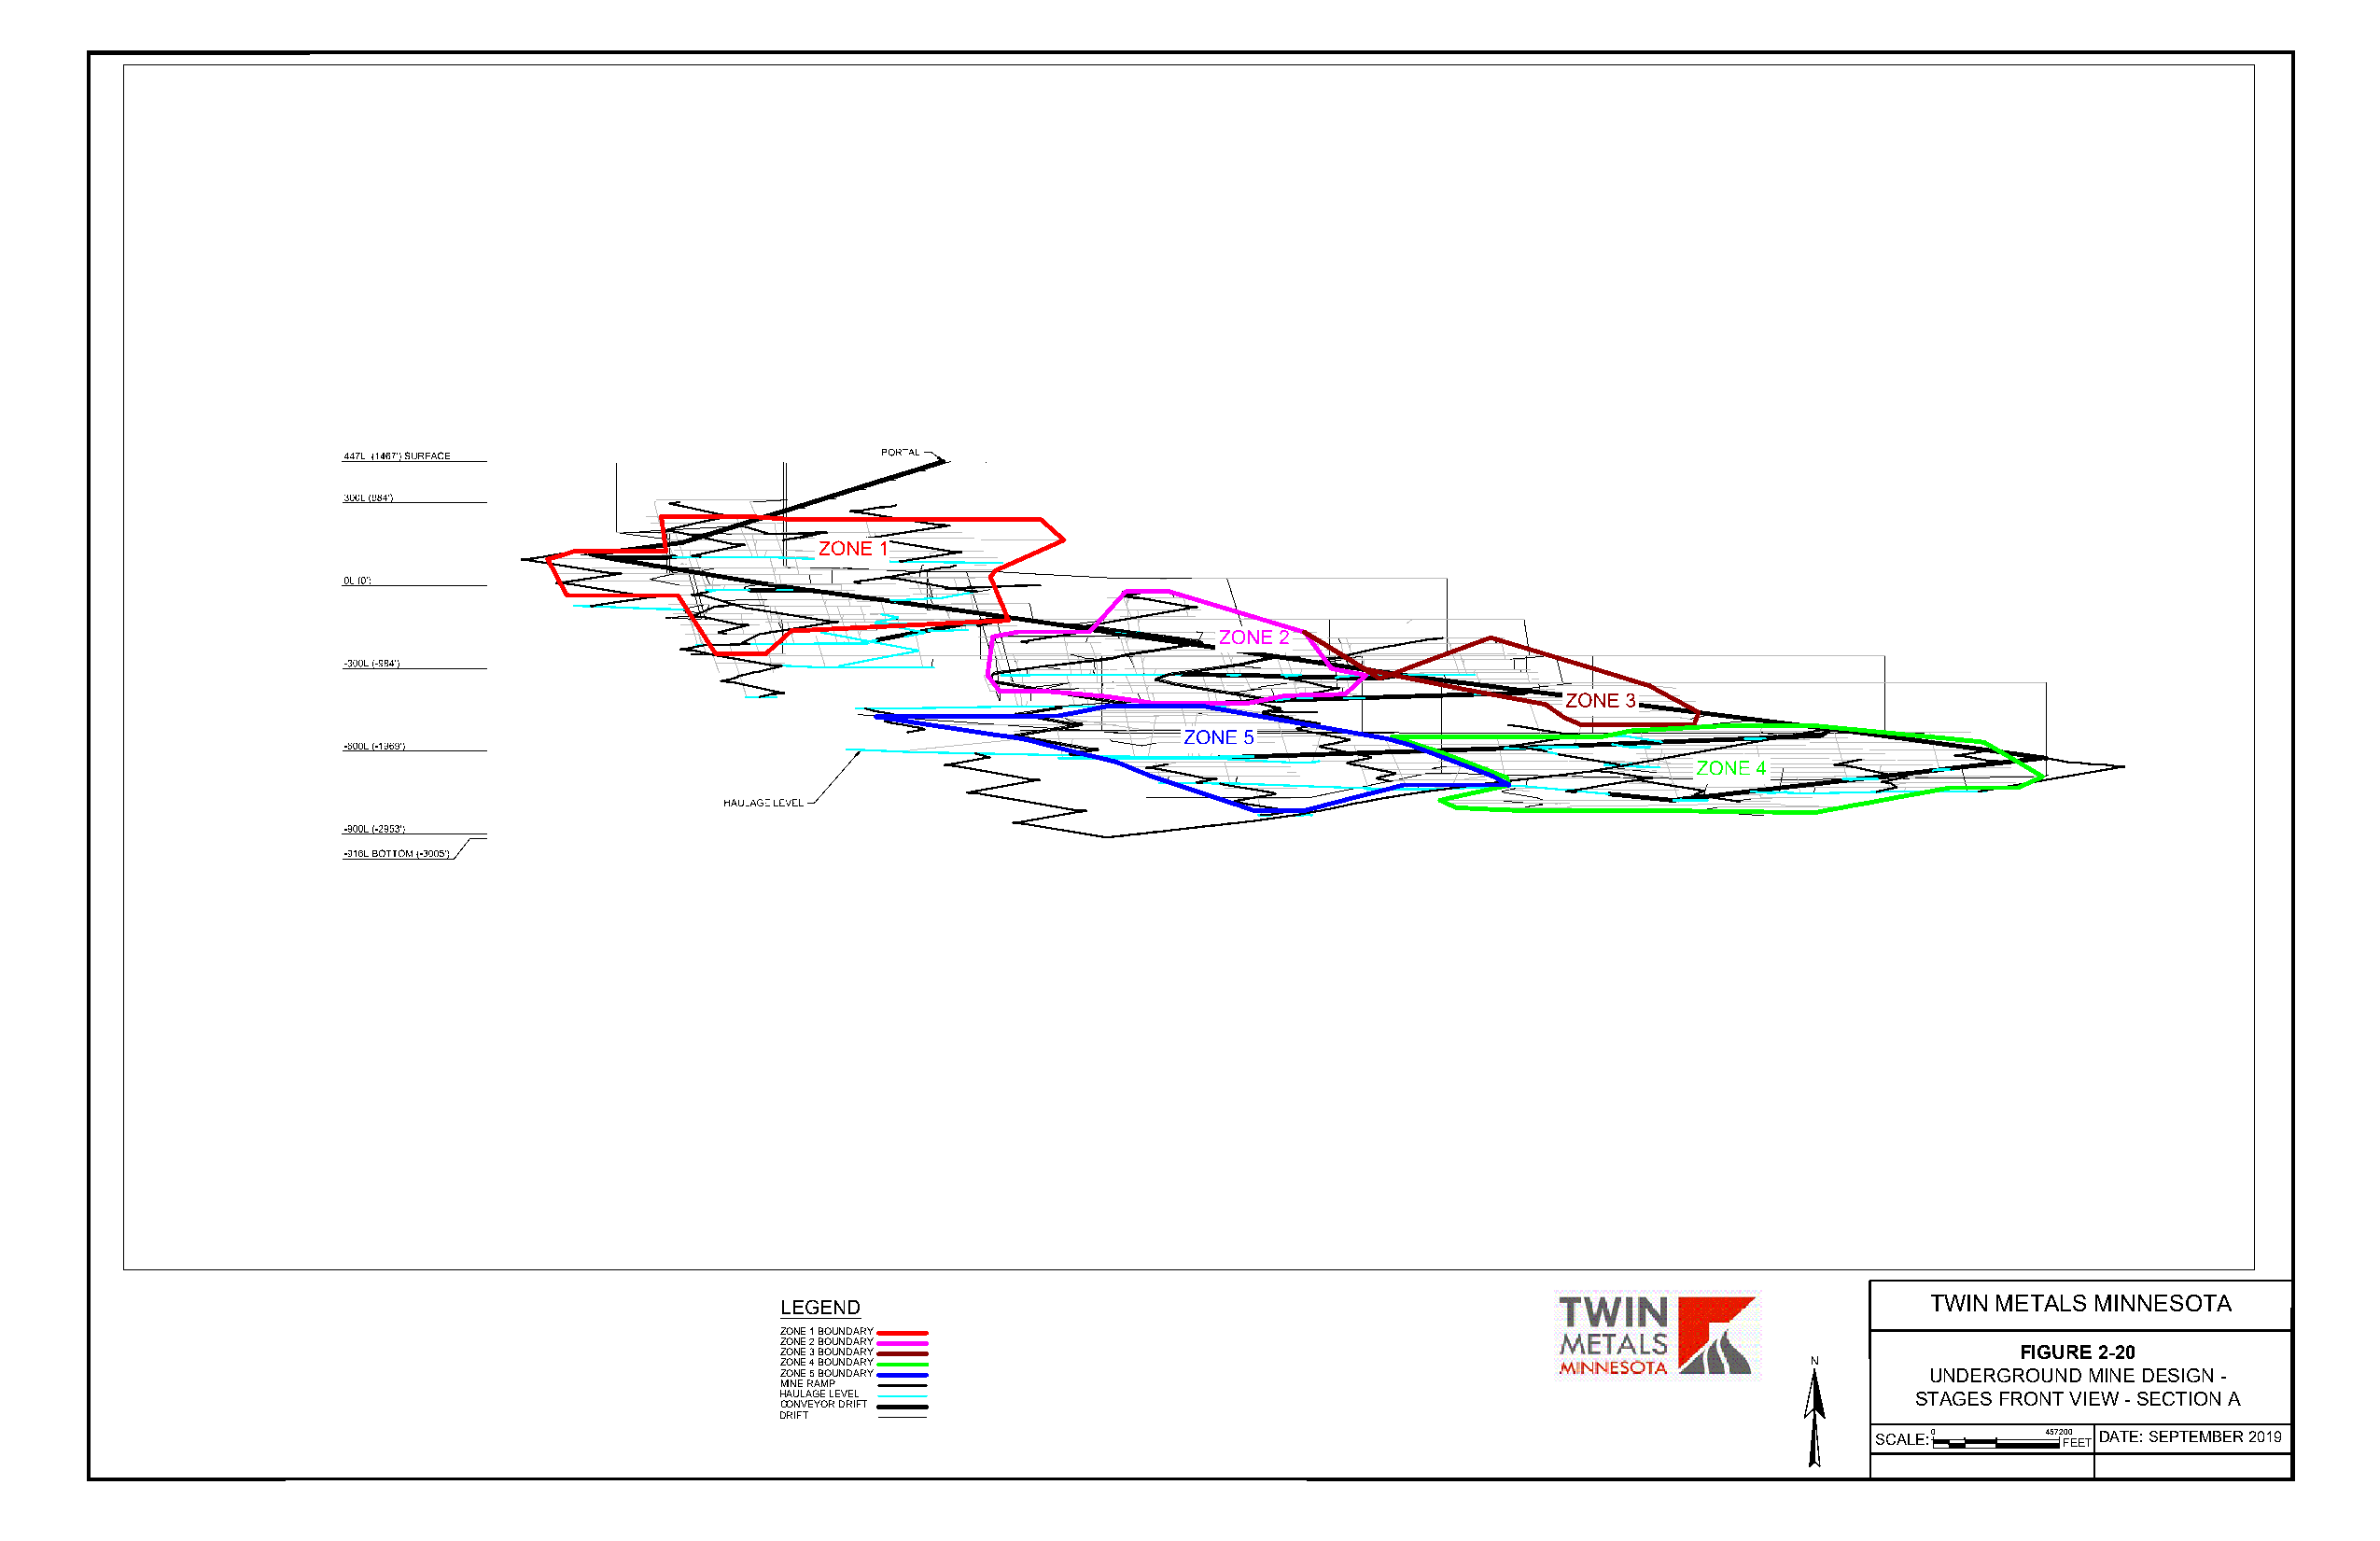
LEGEND                                                                            TWIN METALS MINNESOTA
 ZONE 1 BOUNDARY
 ZONE 2 BOUNDARY
 ZONE 3 BOUNDARY                                                                         FIGURE 2-20
 ZONE 4 BOUNDARY                                                          N
 ZONE 5 BOUNDARY                                                                   UNDERGROUND MINE DESIGN -
 MINE RAMP
 HAULAGE LEVEL                                                                    STAGES FRONT VIEW - SECTION A
 CONVEYOR DRIFT
 DRIFT
 SCALE:0     4572 F00
 EET
 DATE: SEPTEMBER 2019
 4 4 7 L (1 4 6 7 ') S
 3 0 0 L (9 8 4 ')
 0 L (0 ')
 -3 0 0 L (-9 8 4 ')
 -6 0 0 L (-1 9 6 9 ')
 -9 0 0 L (-2 9 5 3 ')
 -9 1 6 L B O T T O M
 U R F A C
 (-3 0 0 5
 E
 ')
 H A U L A G E L E V E L
 Z O N E
 P O
 1
 R T A L
 Z O
 Z
 N
 O
 E
 N
 5
 E 2
 Z O N E 3
 Z O N E 4